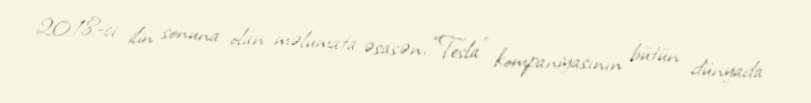
2018-ci ilin sonuna olan məlumata əsasən, “Tesla” kompaniyasının bütün dünyada